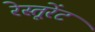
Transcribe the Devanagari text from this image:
रेस्तूरेंट